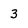
Character: 3